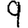
Digit: 9